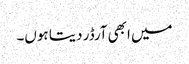
میں ابھی آرڈر دیتا ہوں۔